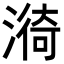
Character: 𭲆